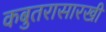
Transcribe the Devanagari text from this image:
कबुतरासारखी